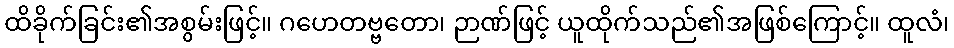
ထိခိုက်ခြင်း၏အစွမ်းဖြင့်။ ဂဟေတဗ္ဗတော၊ ဉာဏ်ဖြင့် ယူထိုက်သည်၏အဖြစ်ကြောင့်။ ထူလံ၊